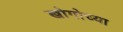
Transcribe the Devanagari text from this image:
खोगोच्या